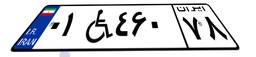
۰۱W۴۶۰۷۸